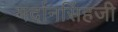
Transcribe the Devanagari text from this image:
मर्दानसिंहजी